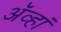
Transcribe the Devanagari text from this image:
अॅव्हां